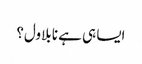
ایسا ہی ہے نا بلاول؟